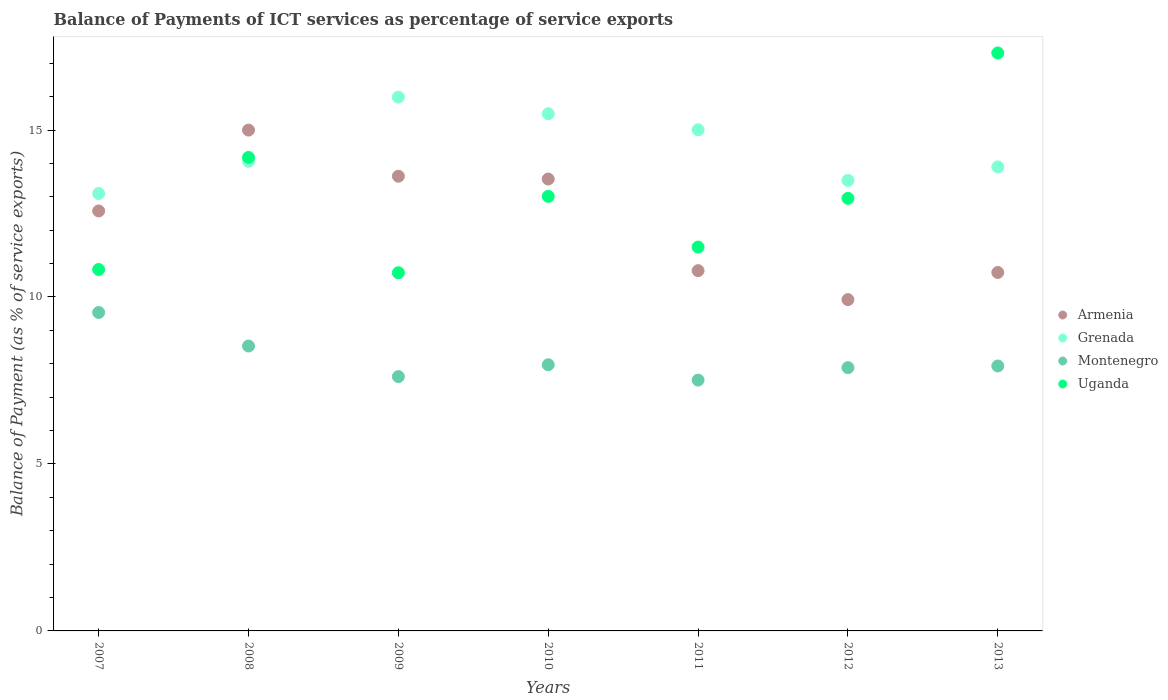
| Years | Armenia | Grenada | Montenegro | Uganda |
 | --- | --- | --- | --- | --- |
 | 2007 | 12.6 | 13.1 | 9.54 | 10.8 |
 | 2008 | 15 | 14.1 | 8.53 | 14.2 |
 | 2009 | 13.6 | 16 | 7.62 | 10.7 |
 | 2010 | 13.5 | 15.5 | 7.97 | 13 |
 | 2011 | 10.8 | 15 | 7.51 | 11.5 |
 | 2012 | 9.92 | 13.5 | 7.88 | 13 |
 | 2013 | 10.7 | 13.9 | 7.93 | 17.3 |